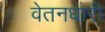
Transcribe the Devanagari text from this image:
वेतनधारी